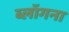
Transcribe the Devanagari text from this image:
ब्लॉगना